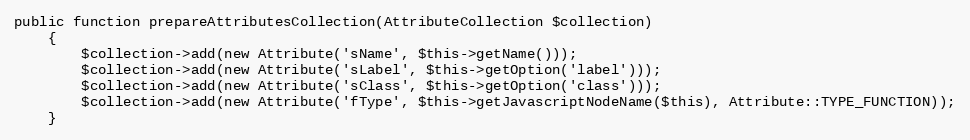
Language: PHP
public function prepareAttributesCollection(AttributeCollection $collection)
    {
        $collection->add(new Attribute('sName', $this->getName()));
        $collection->add(new Attribute('sLabel', $this->getOption('label')));
        $collection->add(new Attribute('sClass', $this->getOption('class')));
        $collection->add(new Attribute('fType', $this->getJavascriptNodeName($this), Attribute::TYPE_FUNCTION));
    }